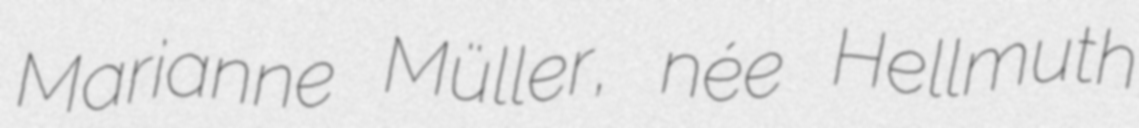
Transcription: Marianne Müller, née Hellmuth